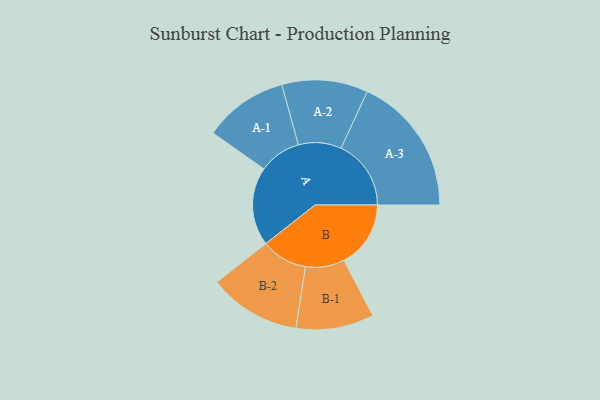
{"axis": {"x": "Segment", "y": "Value"}, "legend": ["", "A", "B"], "data": [{"x": "A", "y": 274, "type": ""}, {"x": "B", "y": 233, "type": ""}, {"x": "A-1", "y": 147, "type": "A"}, {"x": "A-2", "y": 150, "type": "A"}, {"x": "A-3", "y": 244, "type": "A"}, {"x": "B-1", "y": 136, "type": "B"}, {"x": "B-2", "y": 161, "type": "B"}]}